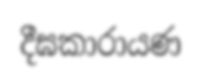
දීඝකාරායණ